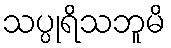
သပ္ပုရိသဘူမိ